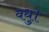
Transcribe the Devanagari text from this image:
वधु।